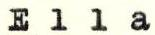
Ella